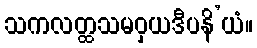
သကလတ္ထသမဝှယဒီပနိ’ယံ။